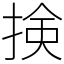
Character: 𢮦